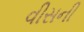
વીસની